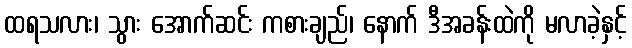
ထရသလား၊ သွား အောက်ဆင်း ကစားချည်၊ နောက် ဒီအခန်းထဲကို မလာခဲ့နှင့်